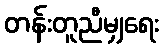
တန်းတူညီမျှရေး